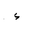
Letter: _hamza